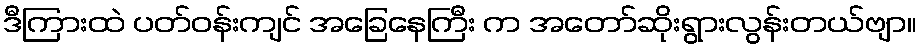
ဒီကြားထဲ ပတ်ဝန်းကျင် အခြေနေကြီး က အတော်ဆိုးရွားလွန်းတယ်ဗျာ။